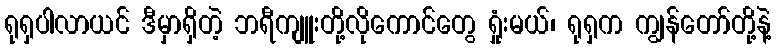
ရုရှပါလာယင် ဒီမှာရှိတဲ့ ဘရီကျူးတို့လိုကောင်တွေ ရှုံးမယ်၊ ရုရှက ကျွန်တော်တို့နဲ့